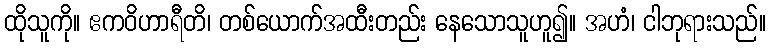
ထိုသူကို။ ဧကဝိဟာရီတိ၊ တစ်ယောက်အထီးတည်း နေသောသူဟူ၍။ အဟံ၊ ငါဘုရားသည်။